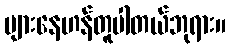
များနေဟန်တူပါတယ်ဘုရား။